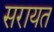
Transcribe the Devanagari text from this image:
सरायत